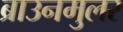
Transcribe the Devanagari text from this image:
ब्राउनमुलर